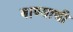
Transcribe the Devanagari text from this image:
बाण्याची